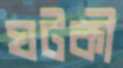
ঘটকী